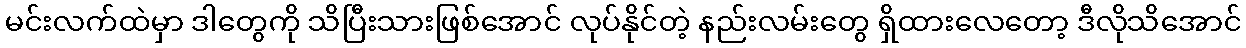
မင်းလက်ထဲမှာ ဒါတွေကို သိပြီးသားဖြစ်အောင် လုပ်နိုင်တဲ့ နည်းလမ်းတွေ ရှိထားလေတော့ ဒီလိုသိအောင်